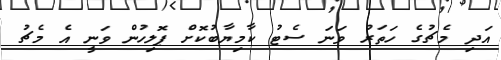
އަދި މެޗުގެ ހަތަރު ވަނަ ސެޓު ކާމިޔާބުކޮށް ޕޮލިހުން ވަނީ އެ މެޗު